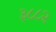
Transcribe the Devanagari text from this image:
३८८२